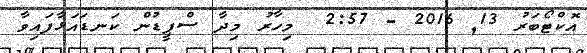
އޮކްޓޯބަރު 13